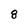
Character: 8